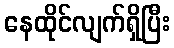
နေထိုင်လျက်ရှိပြီး